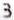
3